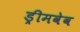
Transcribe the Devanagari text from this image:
ड्रीमवेव